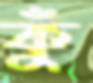
কুঁ